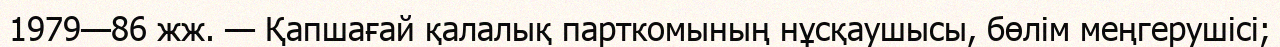
1979—86 жж. — Қапшағай қалалық парткомының нұсқаушысы, бөлім меңгерушісі;